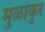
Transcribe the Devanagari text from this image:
मुळांकुर